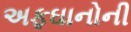
અફઘાનોની